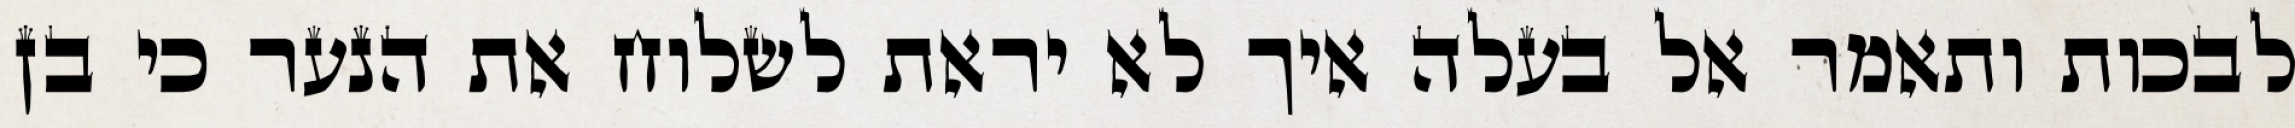
לבכות ותאמר אל בעלה איך לא יראת לשלוח את הנער כי בן